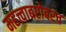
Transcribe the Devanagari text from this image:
महत्त्वाबरोबरच